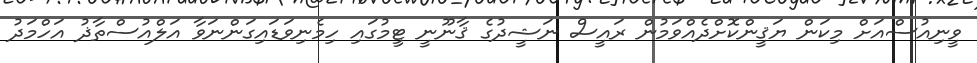
ވީނިއުސްއަށް މިކަން ޔަޤީންކޮށްދެއްވަމުން ރައީސް ނަޝީދުގެ ޤާނޫނީ ޓީމުގައި ހިމެނިވަޑައިގަންނަވާ އަލްއުސްތާޛު އަހްމަދު